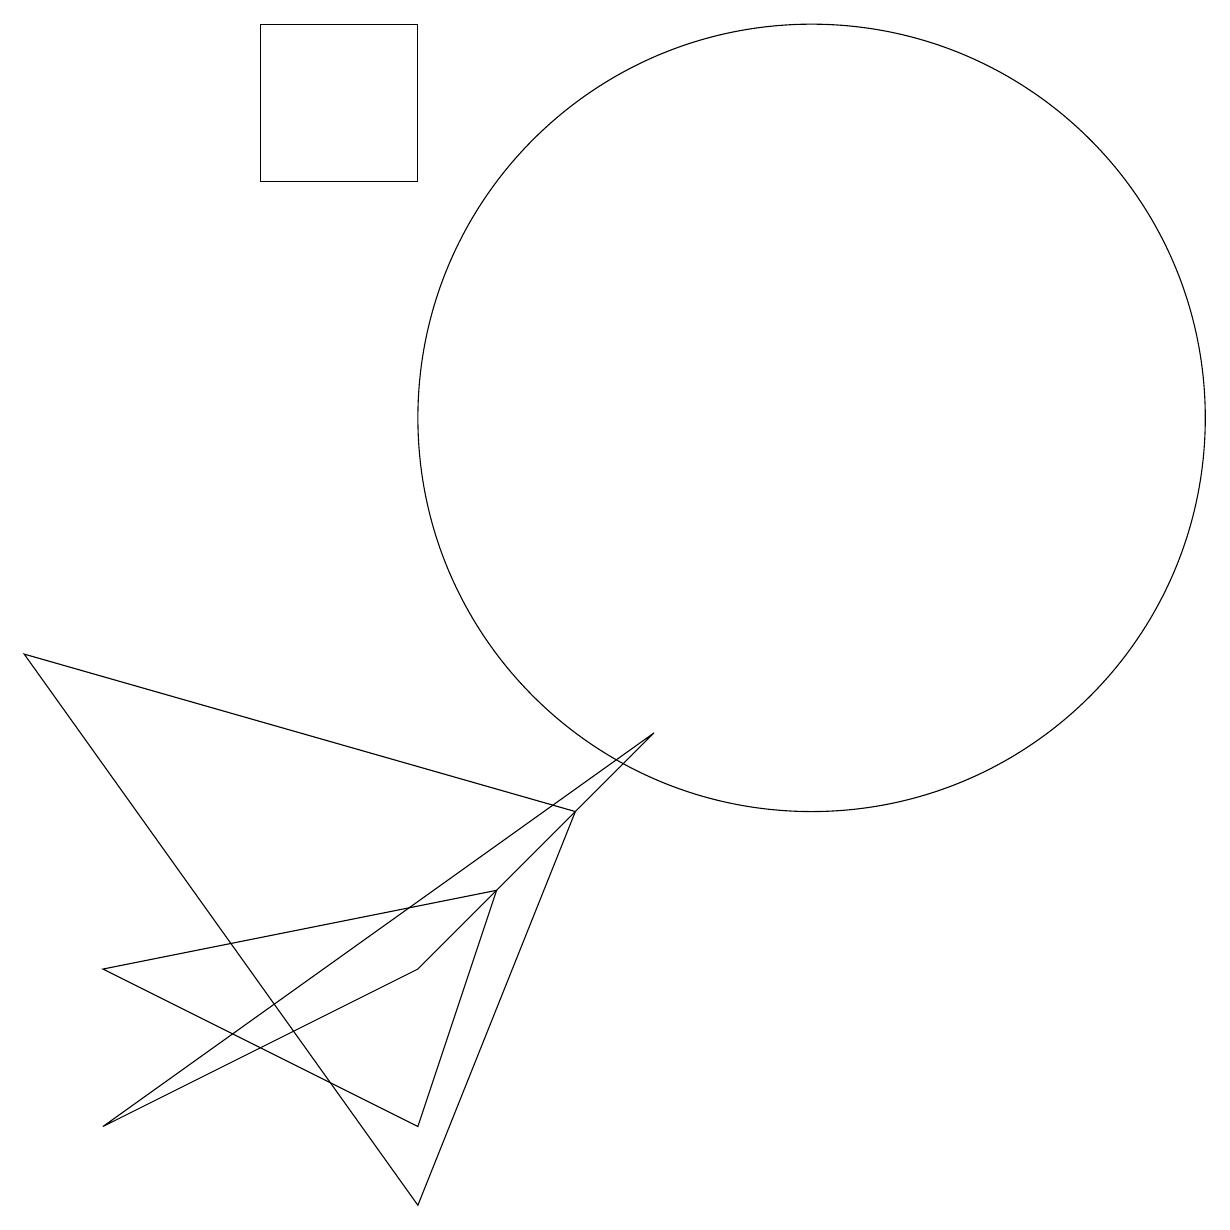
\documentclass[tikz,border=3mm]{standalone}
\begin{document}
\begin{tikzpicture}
\draw (11,10) circle (5);
\draw (6,15) rectangle (4,13);
\draw (6,3) -- (2,1) -- (9,6) -- cycle;
\draw (1,7) -- (6,0) -- (8,5) -- cycle;
\draw (2,3) -- (6,1) -- (7,4) -- cycle;
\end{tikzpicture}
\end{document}